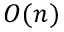
O ( n )